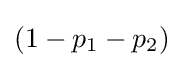
(1-p_{1}-p_{2})